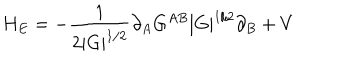
LaTeX: H _ { E } = - \frac { 1 } { 2 | G | ^ { 1 / 2 } } \partial _ { A } G ^ { A B } | G | ^ { 1 / 2 } \partial _ { B } + V